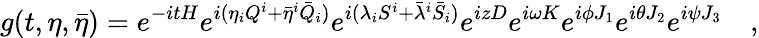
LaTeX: g(t,\eta,\bar{\eta})=e^{-itH}e^{i(\eta_{i}Q^{i}+\bar{\eta}^{i}\bar{Q}_{i})}e^{i(\lambda_{i}S^{i}+\bar{\lambda}^{i}\bar{S}_{i})}e^{izD}e^{i\omega K}e^{i\phi J_{1}}e^{i\theta J_{2}}e^{i\psi J_{3}}\quad,